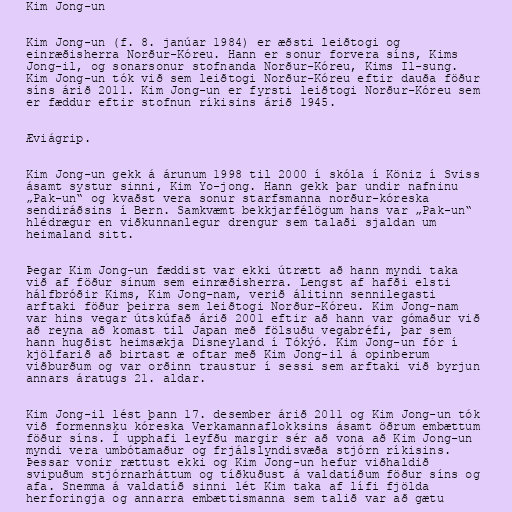
Kim Jong-un

Kim Jong-un (f. 8. janúar 1984) er æðsti leiðtogi og
einræðisherra Norður-Kóreu. Hann er sonur forvera síns, Kims
Jong-il, og sonarsonur stofnanda Norður-Kóreu, Kims Il-sung.
Kim Jong-un tók við sem leiðtogi Norður-Kóreu eftir dauða föður
síns árið 2011. Kim Jong-un er fyrsti leiðtogi Norður-Kóreu sem
er fæddur eftir stofnun ríkisins árið 1945.

Æviágrip.

Kim Jong-un gekk á árunum 1998 til 2000 í skóla í Köniz í Sviss
ásamt systur sinni, Kim Yo-jong. Hann gekk þar undir nafninu
„Pak-un“ og kvaðst vera sonur starfsmanna norður-kóreska
sendiráðsins í Bern. Samkvæmt bekkjarfélögum hans var „Pak-un“
hlédrægur en viðkunnanlegur drengur sem talaði sjaldan um
heimaland sitt.

Þegar Kim Jong-un fæddist var ekki útrætt að hann myndi taka
við af föður sínum sem einræðisherra. Lengst af hafði elsti
hálfbróðir Kims, Kim Jong-nam, verið álitinn sennilegasti
arftaki föður þeirra sem leiðtogi Norður-Kóreu. Kim Jong-nam
var hins vegar útskúfað árið 2001 eftir að hann var gómaður við
að reyna að komast til Japan með fölsuðu vegabréfi, þar sem
hann hugðist heimsækja Disneyland í Tókýó. Kim Jong-un fór í
kjölfarið að birtast æ oftar með Kim Jong-il á opinberum
viðburðum og var orðinn traustur í sessi sem arftaki við byrjun
annars áratugs 21. aldar.

Kim Jong-il lést þann 17. desember árið 2011 og Kim Jong-un tók
við formennsku kóreska Verkamannaflokksins ásamt öðrum embættum
föður síns. Í upphafi leyfðu margir sér að vona að Kim Jong-un
myndi vera umbótamaður og frjálslyndisvæða stjórn ríkisins.
Þessar vonir rættust ekki og Kim Jong-un hefur viðhaldið
svipuðum stjórnarháttum og tíðkuðust á valdatíðum föður síns og
afa. Snemma á valdatíð sinni lét Kim taka af lífi fjölda
herforingja og annarra embættismanna sem talið var að gætu